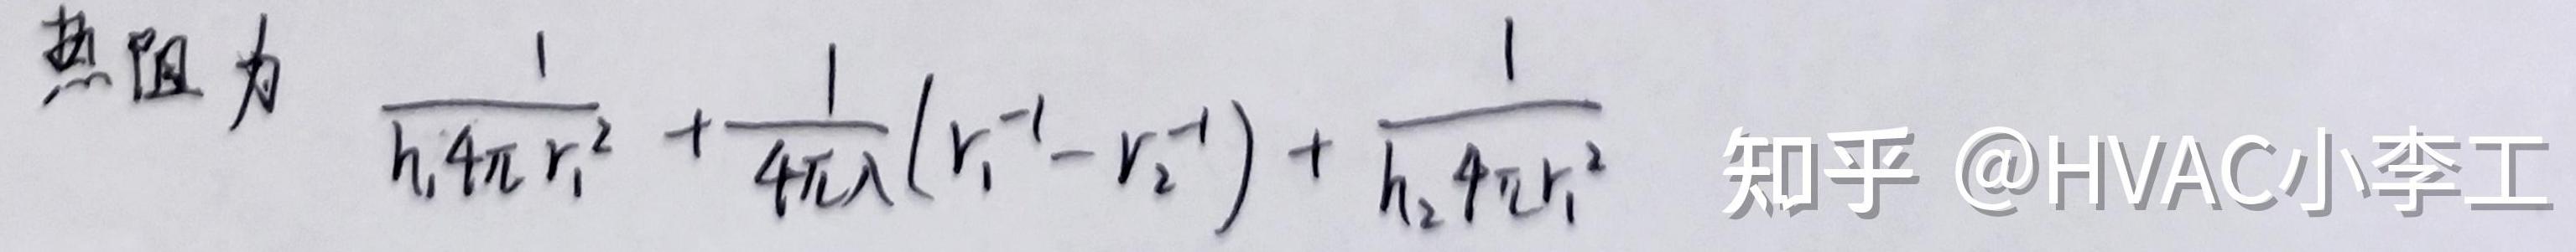
热阻为 $\frac{1}{h_1 4\pi r_1^2}+\frac{1}{4\pi\lambda}(r_1^{-1}-r_2^{-1})+\frac{1}{h_2 4\pi r_2^2}$